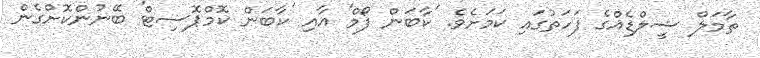
ތާމަލް ޝީލްޑެއްގެ ފަހަތުގައި ކަމަށެވެ. 'ކާބަން ފޯމް' އާއި 'ކާބަން ކޮމްޕޮސިޓް' ބޭނުންކޮށްގެން